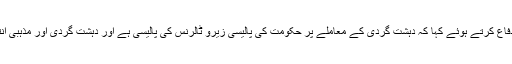
برسر اقتدار حکومت کے سینیٹر لفٹننٹ جنرل عبدالقیوم نے حکومت کا دفاع کرتے ہوئے کہا کہ دہشت گردی کے معاملے پر حکومت کی پالیسی زیرو ٹالرنس کی پالیسی ہے اور دہشت گردی اور مذہبی انتہاپسندی کو روکنے کے لئے بھرپور اقدامات اختیار کئے جا رہے ہیں۔